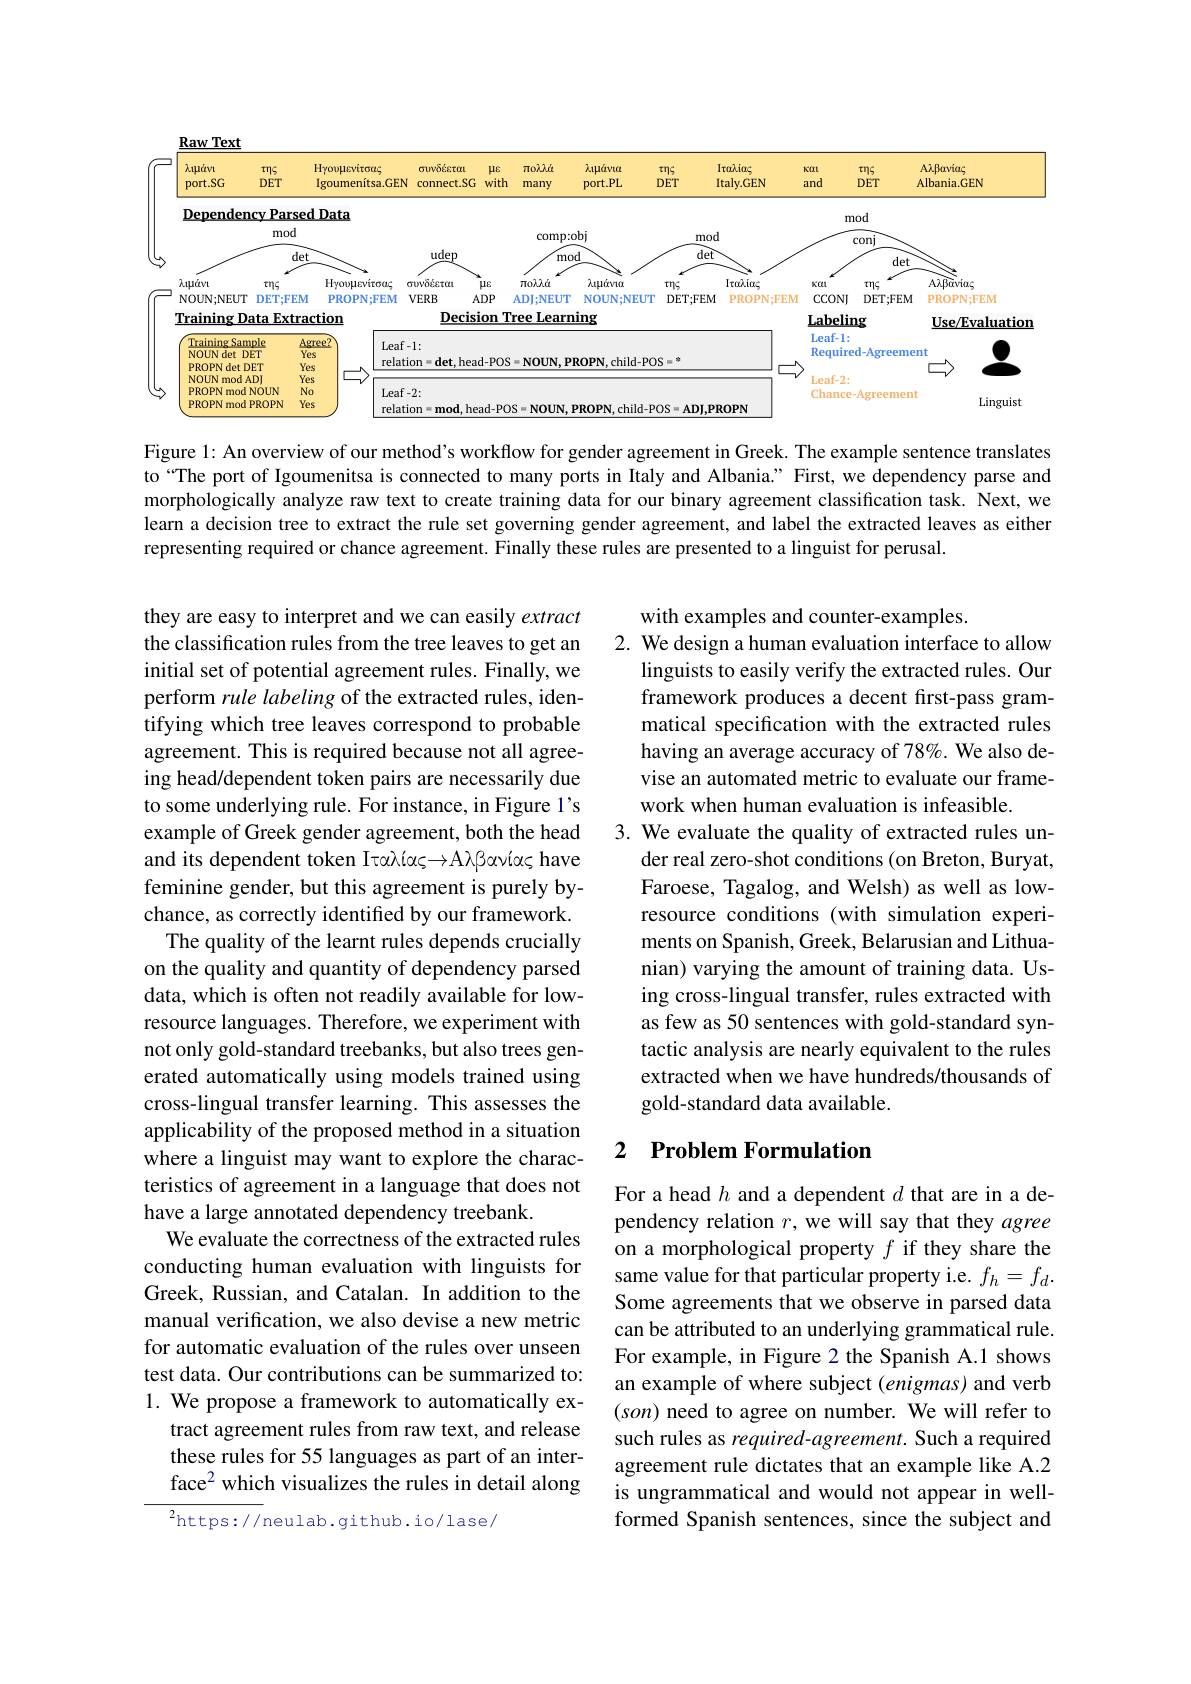
$\mathbf{Raw}$ Text
<FigureHere>

Figure 1: An overview of our method's workflow for gender agreement in Greek. The example sentence translates to“The port of Igoumenitsa is connected to many ports in Italy and Albania." First, we dependency parse and morphologically analyze raw text to create training data for our binary agreement classification task. Next, we learn a decision tree to extract the rule set governing gender agreement, and label the extracted leaves as either representing required or chance agreement. Finally these rules are presented to a linguist for perusal.

with examples and counter-examples.
2. We design a human evaluation interface to allow
linguists to easily verify the extracted rules. Our framework produces a decent first-pass grammatical specification with the extracted rules having an average accuracy of 78%. We also devise an automated metric to evaluate our framework when human evaluation is infeasible.
3. We evaluate the quality of extracted rules un-
der real zero-shot conditions (on Breton, Buryat, Faroese, Tagalog, and Welsh) as well as lowresource conditions (with simulation experiments on Spanish, Greek, Belarusian and Lithuanian) varying the amount of training data. Using cross-lingual transfer, rules extracted with as few as 50 sentences with gold-standard syntactic analysis are nearly equivalent to the rules extracted when we have hundreds/thousands of gold-standard data available.

they are easy to interpret and we can easily extract the classification rules from the tree leaves to get an initial set of potential agreement rules. Finally, we perform rule labeling of the extracted rules, identifying which tree leaves correspond to probable agreement. This is required because not all agreeing head/dependent token pairs are necessarily due to some underlying rule. For instance, in Figure l's example of Greek gender agreement, both the head and its dependent token Iταλίας→Aλβανίας have feminine gender, but this agreement is purely bychance, as correctly identified by our framework.
The quality of the learnt rules depends crucially on the quality and quantity of dependency parsed data, which is often not readily available for lowresource languages. Therefore, we experiment with not only gold-standard treebanks, but also trees generated automatically using models trained using cross-lingual transfer learning. This assesses the applicability of the proposed method in a situation where a linguist may want to explore the characteristics of agreement in a language that does not have a large annotated dependency treebank.
We evaluate the correctness of the extracted rules conducting human evaluation with linguists for Greek, Russian, and Catalan. In addition to the manual verification, we also devise a new metric for automatic evaluation of the rules over unseen test data. Our contributions can be summarized to: 1. We propose a framework to automatically ex-
tract agreement rules from raw text, and release these rules for 55 languages as part of an interface$^{2}$ which visualizes the rules in detail along $^{2}$https://neulab.github.io/lase/

## 2 $\textbf{Problem Formulation}$

For a head $h$ and a dependent $d$ that are in a dependency relation $r$,we will say that they agree on a morphological property $f$ if they share the same value for that particular property i.e. $f_h=f_d.$ Some agreements that we observe in parsed data can be attributed to an underlying grammatical rule. For example, in Figure 2 the Spanish A.1 shows an example of where subject (enigmas) and verb $(son)$ need to agree on number. We will refer to such rules as required-agreement. Such a required agreement rule dictates that an example like A.2 is ungrammatical and would not appear in wellformed Spanish sentences, since the subject and